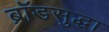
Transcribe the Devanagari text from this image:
ब्रॉडसुद्धा